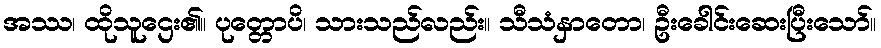
အဿ၊ ထိုသူဌေး၏။ ပုတ္တောပိ၊ သားသည်လည်း။ သီသံနှာတော၊ ဦးခေါင်းဆေးပြီးသော်။